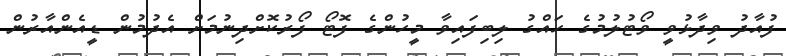
ފުއާދު ވިދާޅުވީ ވޯޓުލުމުގެ ހައްގު ލިބިފައިވާ މީހުންގެ ފޮޓޯ ފޯރުކޮށްދިނުމަށް އެދުމުން ޑީއެންއާރުން